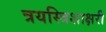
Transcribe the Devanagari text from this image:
त्रयस्त्रिशाक्षरी